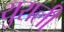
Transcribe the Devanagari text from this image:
युराली